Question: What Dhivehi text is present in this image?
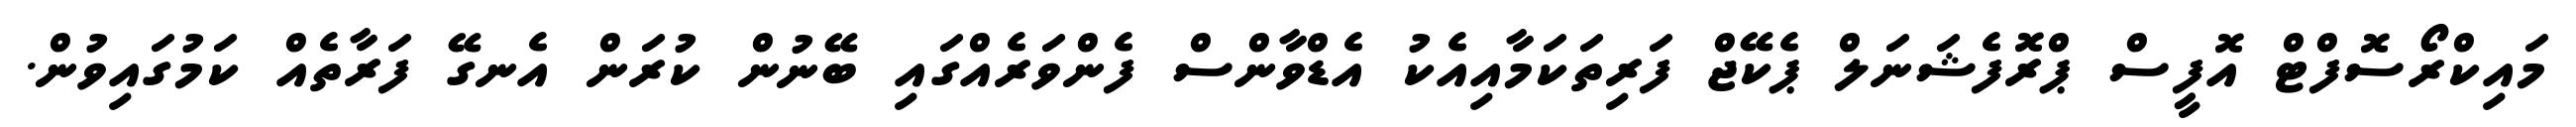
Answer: މައިކްރޯސޮފްޓް އޮފީސް ޕްރޮފެޝަނަލް ޕެކޭޖް ފަރިތަކަމާއިއެކު އެޑްވާންސް ފެންވަރެއްގައި ބޭނުން ކުރަން އެނގޭ ފަރާތެއް ކަމުގައިވުން.